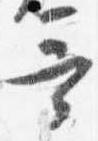
哥